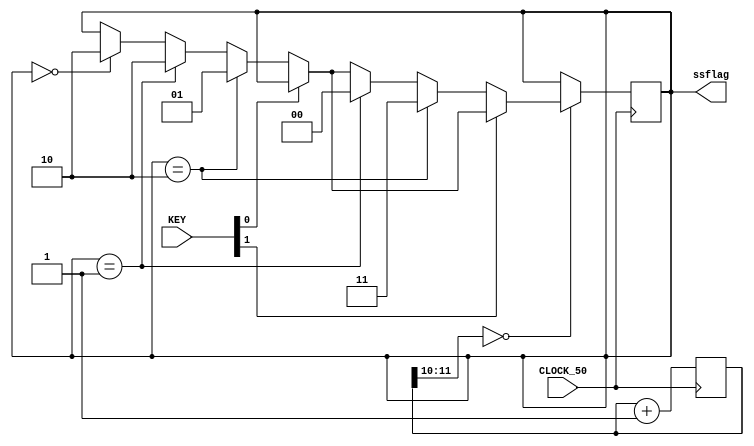
module ssflag_change_stopWatch(
	input CLOCK_50,
	input[1:0] KEY,
	output reg[1:0] ssflag
);
	reg[25:0] clock_cntr;

	always@(posedge CLOCK_50) begin //start_stop
		clock_cntr <= #1 clock_cntr + 1;
		case(clock_cntr[11:10])
			0:
			begin
				if(~KEY[0]) begin
					if(ssflag == 0) begin
						ssflag <= 2;
					end
					if(ssflag == 1) begin
						ssflag <= 2;
					end
					if(ssflag == 2) begin
						ssflag <= 1;
					end
				end		
				if(~KEY[1]) begin
					if(ssflag == 1) begin
						ssflag <= 0;
					end 
					if(ssflag == 2) begin
						ssflag <= 3; //modeChange
					end 
				end
			end
		endcase
   end

endmodule